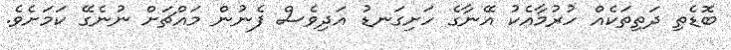
ބޮޑެތި ދަތިތަކެއް ހުރުމާއެކު އޭނާގެ ހަށިގަނޑު އަދިވެސް ފެނުން މައްޗަށް ނުނެގޭ ކަމަށެވެ.